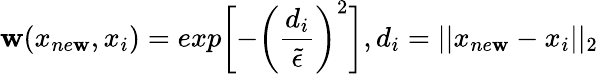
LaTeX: \mathbf{w}(x_{ne\mathbf{w}},x_{i})=exp\bigg[{-\left(\frac{{d_{i}}}{{\tilde{{\epsilon}}}}\right)^{2}\bigg]},d_{i}=||x_{ne\mathbf{w}}-x_{i}||_{2}